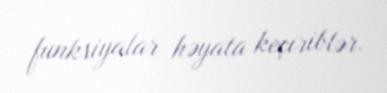
funksiyalar həyata keçiriblər.